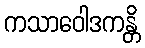
ကသာဝေါဒကန္တိ